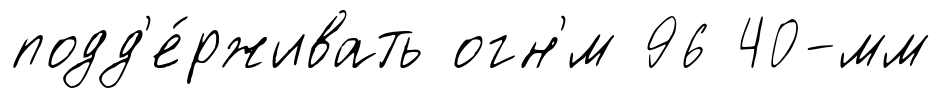
подд'е́рживать огн'́м 96 40-мм